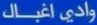
وادياغيال